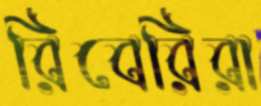
রিবেরিরা